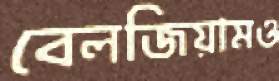
বেলজিয়ামও